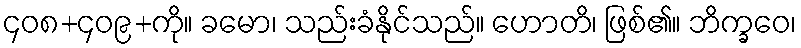
၄၀၈+၄၀၉+ကို။ ခမော၊ သည်းခံနိုင်သည်။ ဟောတိ၊ ဖြစ်၏။ ဘိက္ခဝေ၊